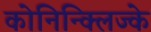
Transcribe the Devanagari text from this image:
कोनिन्क्लिज्के